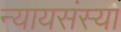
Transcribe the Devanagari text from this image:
न्यायसंस्या